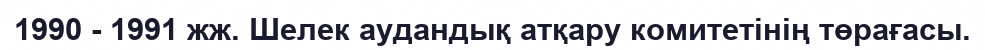
1990 - 1991 жж. Шелек аудандық атқару комитетінің төрағасы.